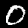
Digit: 0